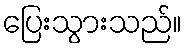
ပြေးသွားသည်။